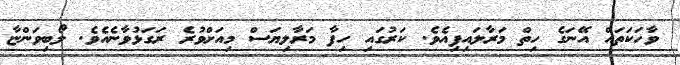
ވާހަކަތައް އޭނަގެ ހިތް މަރާލައިފިއެވެ. ކަރުގައި ހިފާ މަރާލިޔަސް މިއަށްވުރެ ރަގަޅުވާނެއެވެ. ލޯބިވަންޏާ